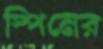
স্পিনের